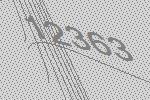
12363